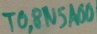
Text: TO,8N5A00